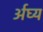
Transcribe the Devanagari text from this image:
र्अघ्य